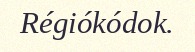
Régiókódok.